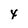
Character: 4